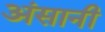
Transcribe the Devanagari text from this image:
अंसानी